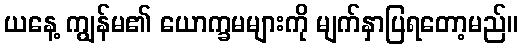
ယနေ့ ကျွန်မ၏ ယောက္ခမများကို မျက်နှာပြရတော့မည်။